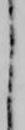
く